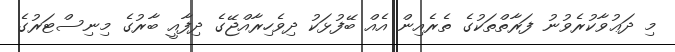
މި ދަޢުވާކުރެވުނު ފަރާތްތަކުގެ ތެރެއިން އެއް ބޭފުޅަކު ދިވެހިރާއްޖޭގެ ދިފާއީ ބާރުގެ މިނިސްޓަރުގެ